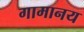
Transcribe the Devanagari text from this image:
गामानय